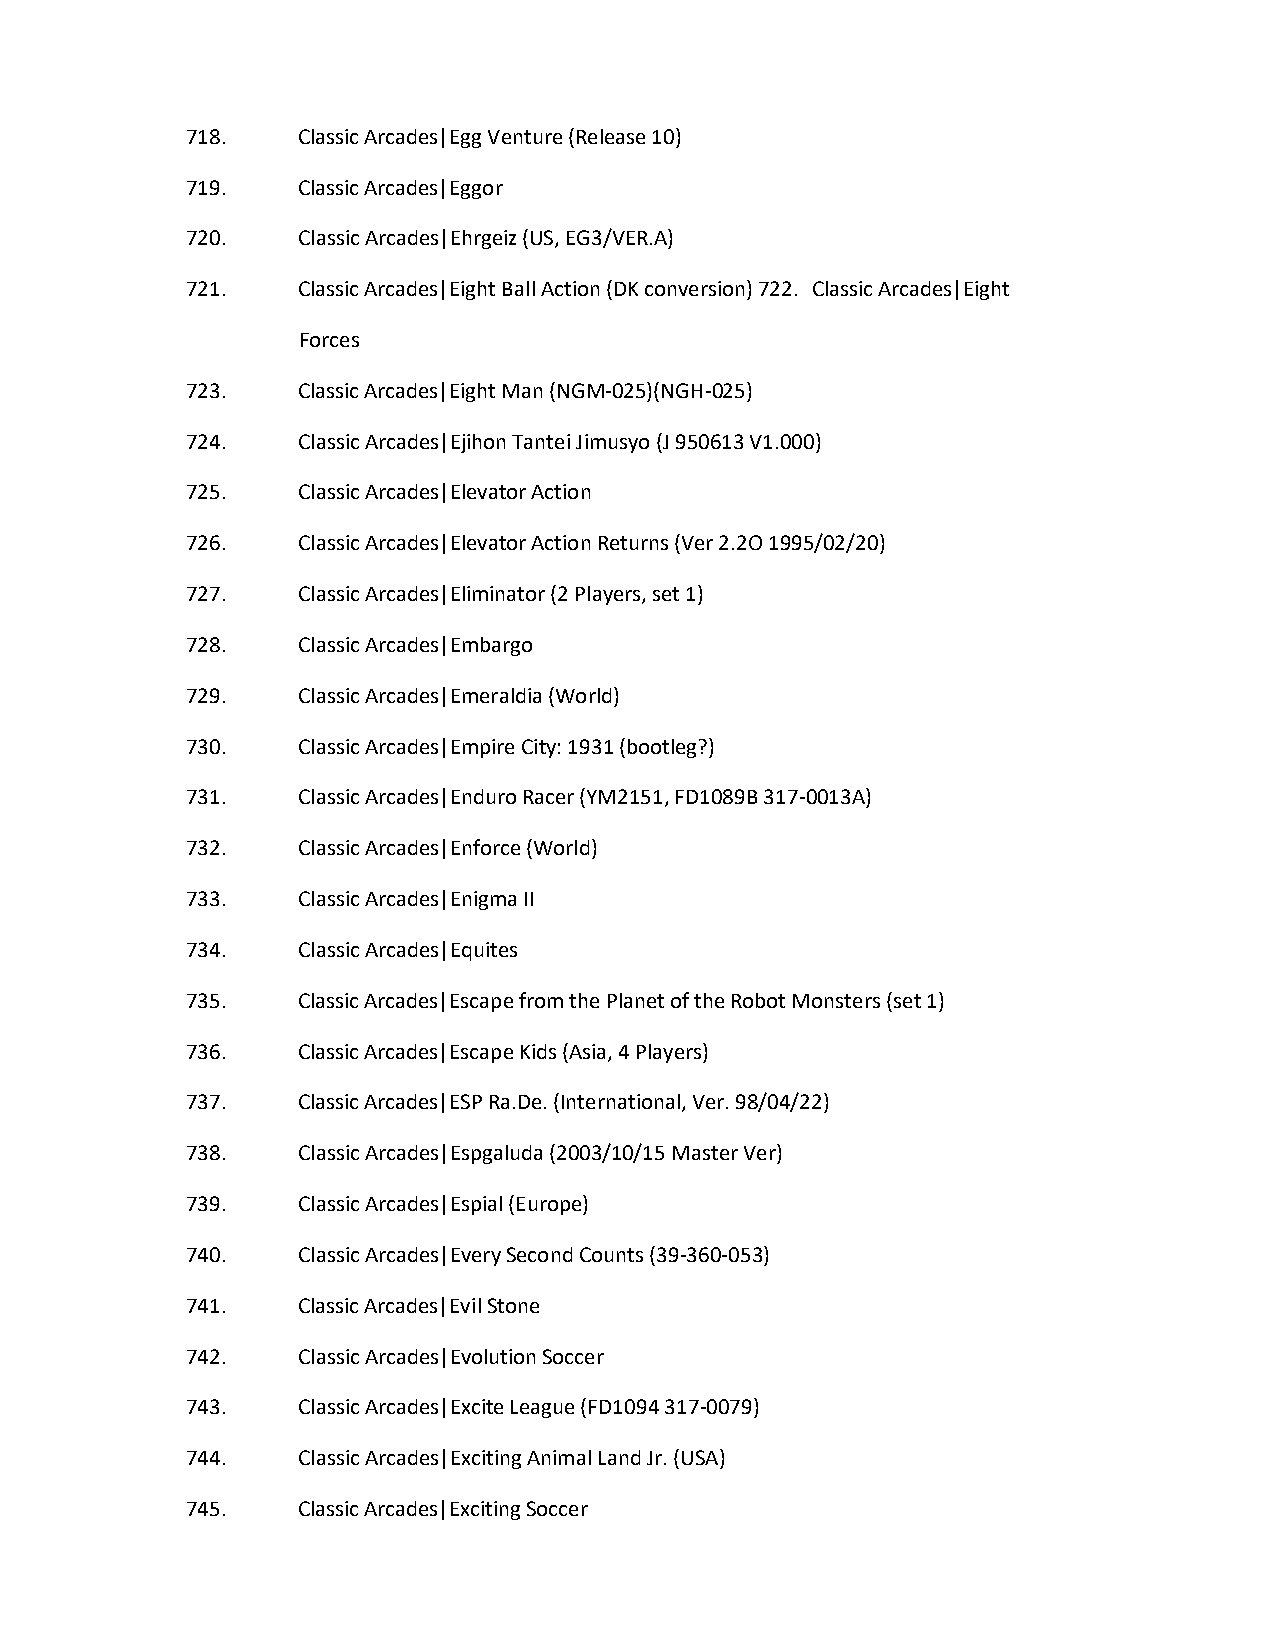
718.    Classic Arcades|Egg Venture (Release 10)
 719.    Classic Arcades|Eggor
 720.    Classic Arcades|Ehrgeiz (US, EG3/VER.A)
 721.    Classic Arcades|Eight Ball Action (DK conversion) 722. Classic Arcades|Eight
 Forces
 723.    Classic Arcades|Eight Man (NGM-025)(NGH-025)
 724.    Classic Arcades|Ejihon Tantei Jimusyo (J 950613 V1.000)
 725.    Classic Arcades|Elevator Action
 726.    Classic Arcades|Elevator Action Returns (Ver 2.2O 1995/02/20)
 727.    Classic Arcades|Eliminator (2 Players, set 1)
 728.    Classic Arcades|Embargo
 729.    Classic Arcades|Emeraldia (World)
 730.    Classic Arcades|Empire City: 1931 (bootleg?)
 731.    Classic Arcades|Enduro Racer (YM2151, FD1089B 317-0013A)
 732.    Classic Arcades|Enforce (World)
 733.    Classic Arcades|Enigma II
 734.    Classic Arcades|Equites
 735.    Classic Arcades|Escape from the Planet of the Robot Monsters (set 1)
 736.    Classic Arcades|Escape Kids (Asia, 4 Players)
 737.    Classic Arcades|ESP Ra.De. (International, Ver. 98/04/22)
 738.    Classic Arcades|Espgaluda (2003/10/15 Master Ver)
 739.    Classic Arcades|Espial (Europe)
 740.    Classic Arcades|Every Second Counts (39-360-053)
 741.    Classic Arcades|Evil Stone
 742.    Classic Arcades|Evolution Soccer
 743.    Classic Arcades|Excite League (FD1094 317-0079)
 744.    Classic Arcades|Exciting Animal Land Jr. (USA)
 745.    Classic Arcades|Exciting Soccer